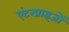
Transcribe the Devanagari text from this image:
एंटरप्राइजों